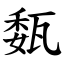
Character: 瓾